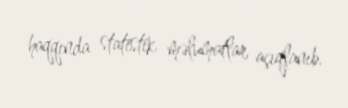
haqqında statistik məlumatlar açıqlanıb.